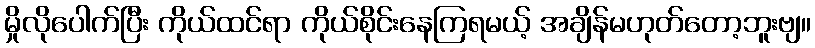
မှိုလိုပေါက်ပြီး ကိုယ်ထင်ရာ ကိုယ်စိုင်းနေကြရမယ့် အချိန်မဟုတ်တော့ဘူးဗျ။